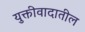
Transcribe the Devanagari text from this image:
युक्तीवादातील